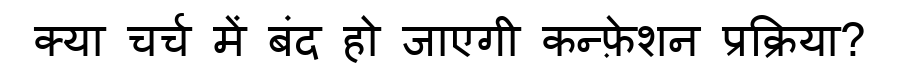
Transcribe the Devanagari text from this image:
क्या चर्च में बंद हो जाएगी कन्फ़ेशन प्रक्रिया?